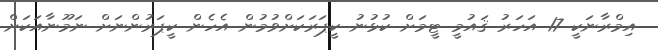
އިމްރާނަކީ 17 އަހަރު ޤައުމީ ޓީމަށް ކުޅުނު ކީޕަރަކަށްވުމުން އެހެން ކީޕަރުންނަށް ނަމޫނާއަކަށް